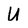
Character: U